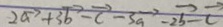
2 \overrightarrow { a } + 3 \overrightarrow { b } - \overrightarrow { c } - 3 \overrightarrow { a } - 2 \overrightarrow { b } - \overrightarrow { c }